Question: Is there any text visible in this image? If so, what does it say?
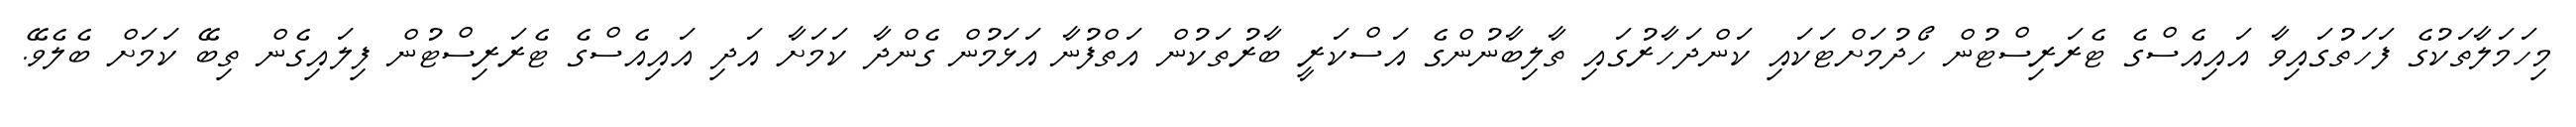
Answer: މިހަމަލާތަކުގެ ފަހަތުގައިވާ އައިއެސްގެ ޓެރަރިސްޓުން ހޯދުމަށްޓަކައި ކަންދަހާރުގައި ތާލިބާނުންގެ އަސްކަރީ ބާރުތަކުން އަތްފުނާ އަޅަމުން ގެންދާ ކަމަށާ އަދި އައިއެސްގެ ޓެރަރިސްޓުން ފިލައިގެން ތިބޭ ކަމަށް ބެލެވޭ.